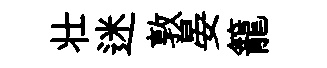
壮迷敦晏籠